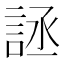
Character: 𰴶